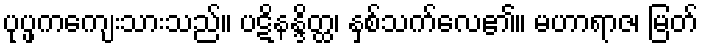
ပုပ္ဖကကျေးသားသည်။ ပဋိနန္ဒိတ္ထ၊ နှစ်သက်လေ၏။ မဟာရာဇ၊ မြတ်